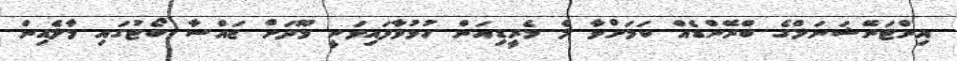
އިންޓަނޭޝަނަލްގެ ބްރޭންޑެއް ކަމަށްވާ ލެ މެރީޑިއަން ހުޅުވާފައިވަނީ މޫދަށް ޖައްސާ ބޯޓުގައި މާލެއިން